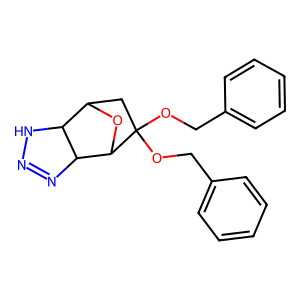
SMILES: c1ccc(COC2(OCc3ccccc3)CC3OC2C2N=NNC32)cc1
Inhibits HIV replication: No